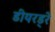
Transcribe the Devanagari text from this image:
डीयरड्रे